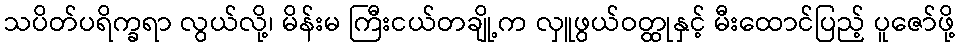
သပိတ်ပရိက္ခရာ လွယ်လို့၊ မိန်းမ ကြီးငယ်တချို့က လှူဖွယ်ဝတ္ထုနှင့် မီးထောင်ပြည့် ပူဇော်ဖို့